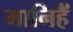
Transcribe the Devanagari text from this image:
मानिहैं